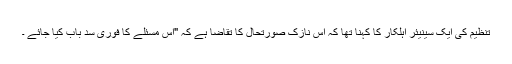
تنظیم کی ایک سینیئر اہلکار کا کہنا تھا کہ اس نازک صورتحال کا تقاضا ہے کہ "اس مسئلے کا فوری سدِ باب کیا جائے ۔